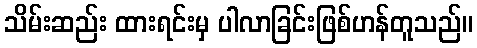
သိမ်းဆည်း ထားရင်းမှ ပါလာခြင်းဖြစ်ဟန်တူသည်။